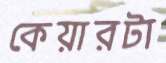
কেয়ারটা